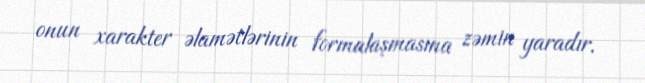
onun xarakter əlamətlərinin formalaşmasına zəmin yaradır.